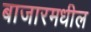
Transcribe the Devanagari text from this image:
बाजारमधील